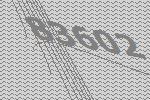
83602